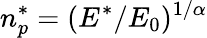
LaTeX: n_{p}^{*}=(E^{*}/E_{0})^{1/\alpha}